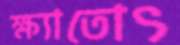
ক্ষ্যাতোৎ